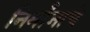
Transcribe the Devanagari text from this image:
निर्मांनाचे